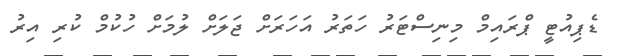
ޑެޕިއުޓީ ޕްރައިމް މިނިސްޓަރު ހަތަރު އަހަރަށް ޖަލަށް ލުމަށް ހުކުމް ކުރި އިރު